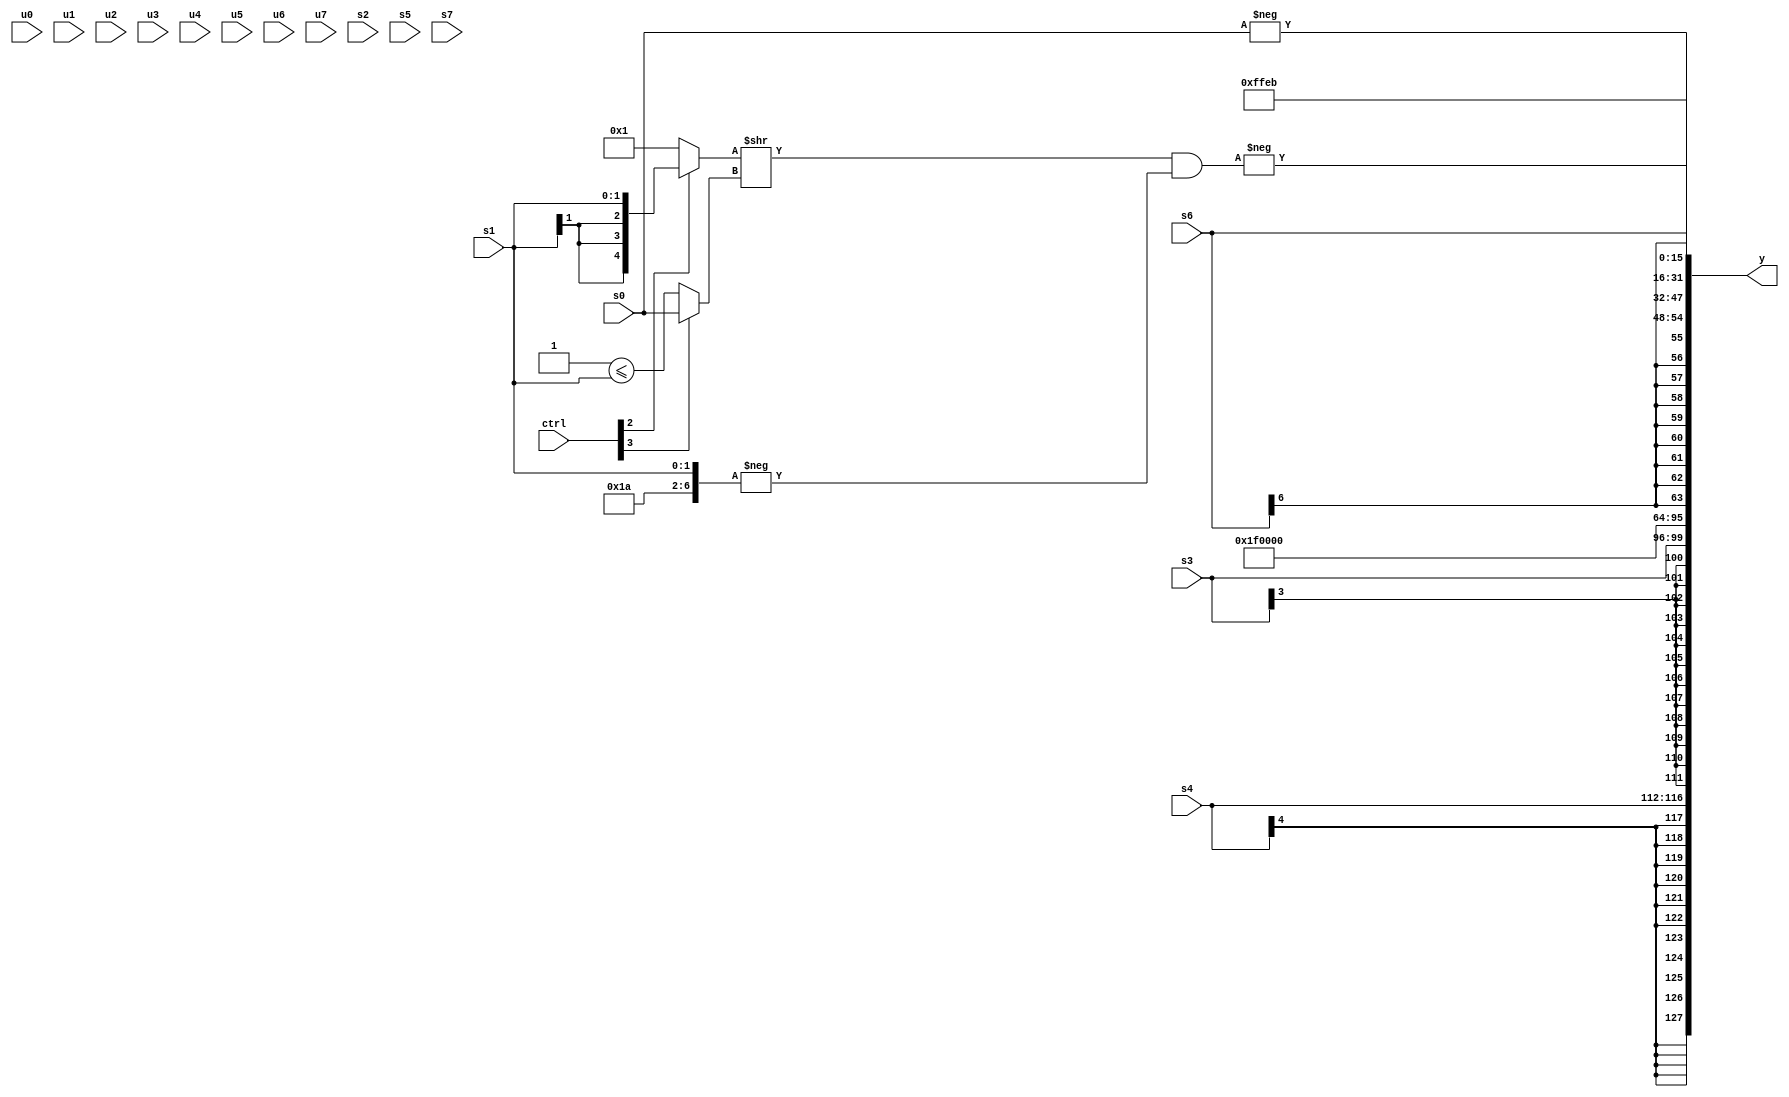
module wideexpr_00234(ctrl, u0, u1, u2, u3, u4, u5, u6, u7, s0, s1, s2, s3, s4, s5, s6, s7, y);
  input [7:0] ctrl;
  input [0:0] u0;
  input [1:0] u1;
  input [2:0] u2;
  input [3:0] u3;
  input [4:0] u4;
  input [5:0] u5;
  input [6:0] u6;
  input [7:0] u7;
  input signed [0:0] s0;
  input signed [1:0] s1;
  input signed [2:0] s2;
  input signed [3:0] s3;
  input signed [4:0] s4;
  input signed [5:0] s5;
  input signed [6:0] s6;
  input signed [7:0] s7;
  output [127:0] y;
  wire [15:0] y0;
  wire [15:0] y1;
  wire [15:0] y2;
  wire [15:0] y3;
  wire [15:0] y4;
  wire [15:0] y5;
  wire [15:0] y6;
  wire [15:0] y7;
  assign y = {y0,y1,y2,y3,y4,y5,y6,y7};
  assign y0 = s4;
  assign y1 = s3;
  assign y2 = (6'sb001011)|(6'sb011111);
  assign y3 = 1'b0;
  assign y4 = s6;
  assign y5 = -(s0);
  assign y6 = -(($signed(($signed(+((ctrl[2]?s1:5'sb00001))))>>((ctrl[3]?s0:$signed((1'sb1)<=(s1))))))&($signed(-({$signed($signed(6'sb011010)),s1}))));
  assign y7 = 6'sb101011;
endmodule